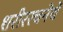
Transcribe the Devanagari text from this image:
शरीररचनेचे